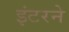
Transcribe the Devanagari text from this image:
इंटरने